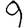
Digit: 9